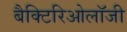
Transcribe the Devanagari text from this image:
बैक्टिरिओलॉजी